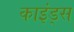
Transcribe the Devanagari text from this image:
काइंड्स